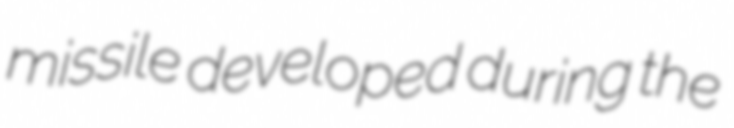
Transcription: missile developed during the